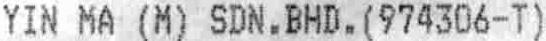
YIN MA (M) SDN.BHD.(974306-T)